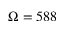
\Omega = 5 8 8